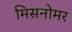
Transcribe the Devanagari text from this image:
मिसनोमर